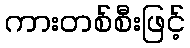
ကားတစ်စီးဖြင့်